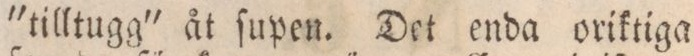
'tilltugg' åt ſupen. Det enda oriktiga,